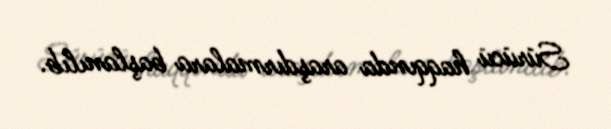
Sürücü haqqında araşdırmalara başlanılıb.